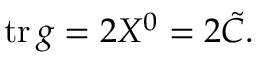
\mathrm { t r } \, g = 2 X ^ { 0 } = 2 { \tilde { C } } .